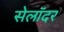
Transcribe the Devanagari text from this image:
सेलॉदर